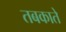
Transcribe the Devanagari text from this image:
तबकाते